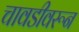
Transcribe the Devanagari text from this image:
चावडीवरून